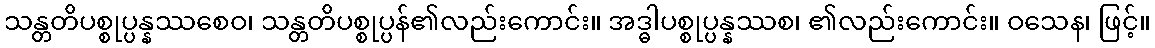
သန္တတိပစ္စုပ္ပန္နဿစေဝ၊ သန္တတိပစ္စုပ္ပန်၏လည်းကောင်း။ အဒ္ဓါပစ္စုပ္ပန္နဿစ၊ ၏လည်းကောင်း။ ဝသေန၊ ဖြင့်။